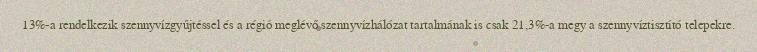
13%-a rendelkezik szennyvízgyűjtéssel és a régió meglévő szennyvízhálózat tartalmának is csak 21,3%-a megy a szennyvíztisztító telepekre.